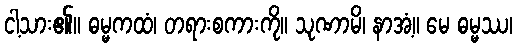
ငါ့သား၏။ ဓမ္မကထံ၊ တရားစကားကို။ သုဏာမိ၊ နာအံ့။ မေ ဓမ္မဿ၊